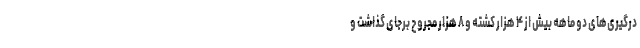
درگیری‌های دو ماهه بیش از ۴ هزار کشته و ۸ هزار مجروح برجای گذاشت و